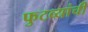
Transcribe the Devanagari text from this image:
फुटव्यांची